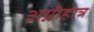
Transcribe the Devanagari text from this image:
अग्नीहोत्र